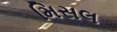
મિસલ